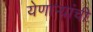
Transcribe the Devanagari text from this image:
येणार्‍यांची